Vaccination in Burma 1912-1922 - 1912-1922
Year: 1912
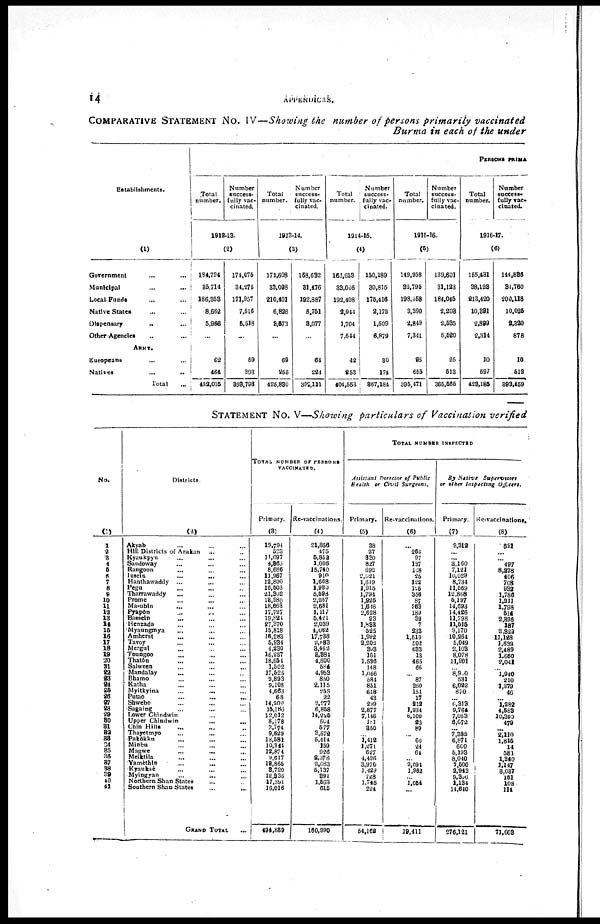
14
APPENDICES.
COMPARATIVE STATEMENT No. IV—Showing the number of persons primarily vaccinated
Burma in each of the under
Establishments.
(1)
Government ... ...
Municipal ... ...
Local Funds
... ...
Native States ... ...
Dispensary ... ...
Other Agencies ... ...
ARMY.
Europeans
... ...
Natives ... ...
Total ...
PERSONS PRIMA
Total
number.
Number
success¬
fully vac¬
cinated.
1912-13.
(2)
184,794
35,714
186,358
8,662
5,966
...
62
464
422,015
174,075
34,275
171,957
7,516
5,518
...
59
393
398,793
Total
number.
Number
success¬
fully vac¬
cinated.
1913-14.
(3)
171,608
33,098
210,401
6,826
3,573
...
69
255
425,830
158,632
31,476
192,887
5,751
3,077
...
64
224
392,111
Total
number.
Number
success¬
fully vac-
cinated.
1914-15.
(4)
163,653
33,005
192,408
2,944
1,704
7,544
42
253
404,553
150,189
30,815
175,416
2,172
1,509
6,879
30
174
367,184
Total
number.
Number
success¬
fully vac-
cinated.
1915-16.
(5)
149,958
32,795
198,458
3,390
2,849
7,341
25
655
395,471
139,601
31,123
184,045
2,203
2,535
5,520
25
513
365,565
Total
number.
Number
success¬
fully vac¬
cinated.
1916-17.
(6)
155,431
38,123
213,420
10,391
2,899
2,314
10
597
423,185
144,836
34,760
200,113
10,025
2,320
878
10
512
893,459
STATEMENT No. V—Showing particulars of Vaccination verified
No.
(1)
1
2
3
4
5
6
7
8
9
10
11
12
18
14
15
16
17
18
19
20
21
22
23
24
25
26
27
28
29
30
31
32
33
34
35
36
37
38
39
40
41
Districts
(2)
Akyab ... ... ...
Hill Districts of Arakan
... ...
Kyaukpyu ... ... ...
Sandoway ... ... ...
Rangoon
...
...
...
Insein
...
... ...
Hanthawaddy ... ... ...
Pegu
...
...
...
Tharrawaddy ... ... ...
Prome ... ... ...
Ma-ubin ... ... ...
Pyapôn ... ... ...
Bassein ... ... ...
Henzada ... ... ...
Myaungmya ... ... ...
Amherst ... ... ...
Tavoy ... ... ...
Mergui ... ... ...
Toungoo ... ... ...
Thatôn ... ... ...
Salween ... ... ...
Mandalay ... ... ...
Bhamo ... ... ...
Katha ... ... ...
Myitkyina ... ... ...
Putao ... ... ...
Shwebo ... ... ...
Sagaing ... ... ...
Lower Chindwin ... ...
Upper Chindwin
...
...
Chin Hills ... ... ...
Thayetmyo ... ... ...
Pakôkku ... ... ...
Minbu ... ... ...
Magwe
...
...
...
Meiktila ... ... ...
Yamèthin ... ... ...
Kvauksè ... ... ...
Myingyan
...
... ...
Northern Shan States ... ...
Southern Shan States
...
...
GRAND TOTAL ...
TOTAL NUMBER OF PERSONS
VACCINATED.
Primary.
(3)
19,794
523
11,697
4,365
8,686
11,967
12,800
16,503
21,302
18,980
18,663
17,727
19,824
27,370
15,818
16,283
5,934
4,230
16,237
18,654
1,502
17,525
2,893
9,108
4,663
68
14,200
15,186
12,012
8,178
3,774
9,629
18,581
10,344
12,874
9,617
12,865
3,720
12,836
17,391
16,016
494,839
Re-vaccinations.
(4)
21,856
475
5,852
1,006
15,740
910
1,668
1,980
5,598
2,257
2,681
1,117
5,421
2,039
4,062
17,738
2,883
3,462
3,384
4,800
584
4,983
850
2,115
258
22
2,277
6,858
14,225
504
577
3,572
5,414
159
926
2,378
2,683
5,137
391
1,563
615
160,990
TOTAL NUMBER INSPECTED
Assistant Director of Public
Health or Civil Surgeons.
Primary.
(5)
38
27
330
827
692
2,021
1,619
1,915
1,794
1,925
1,646
2,628
93
1,833
625
1,992
2,202
303
161
1,586
148
1,056
584
851
618
43
299
2,877
7,146
181
350
...
1,412
1,271
627
4,496
3,970
1,429
728
1,745
224
54,162
Re-vaccinations.
(6)
...
262
97
137
118
25
122
126
356
87
263
189
39
7
233
1,510
502
633
13
465
66
...
87
260
151
17
212
1,934
6,100
23
89
...
60
24
64
...
2,094
1,962
...
1,054
...
19,411
By Native
Supervisors
or other Intpecting
Officers.
Primary.
(7)
9,312
...
... 3,160
7,121
10,029
8,734
11,569
12,868
5,197
14,693
14,426
11,798
11,515
9,170
10,264
5,049
2,103
8,078
11,901
...
8,900
531
6,022
870
...
6,313
9,764
7,053
6,072
...
7,382
6,871
600
5,193
8,040
7,500
2,943
9,306
1,134
14,640
276,121
Re-vaccinations.
(8)
891
...
... 497
8,278
406
708
932
1,786
1,211
1,798
514
2,396
187
2,829
11,128
1,632
2,489
1,660
2,041
...
1,940
210
1,379
46
...
1,282
4,583
10,390
479
...
2,110
1,815
14
581
1,340
1,147
3,037
151
102
114
71,603